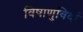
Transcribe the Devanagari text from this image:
विषाणुविदों